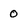
Character: 0